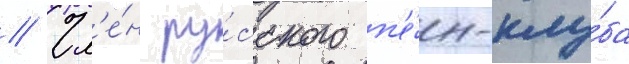
// Чл'е́н ру́сского п'е́н-клу́ба